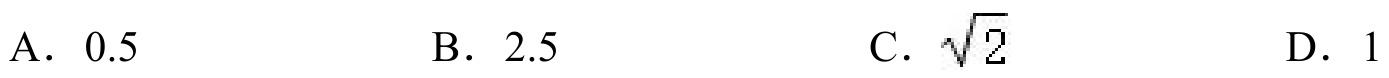
A. $0.5$  B. $2.5$  C. $\sqrt{2}$  D. $1$